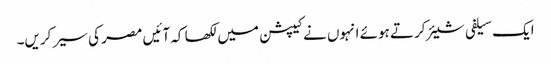
ایک سیلفی شیئر کرتے ہوئے انہوں نے کیپشن میں لکھا کہ آئیں مصر کی سیر کریں۔